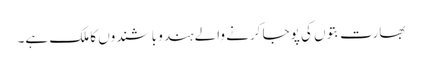
بھارت بتوں کی پوجا کرنے والے ہندو باشندوں کا ملک ہے۔